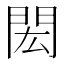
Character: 閎